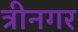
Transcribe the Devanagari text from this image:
त्रीनगर